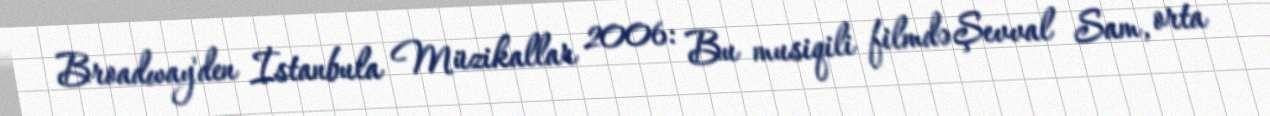
Broadway'den İstanbula Müzikallar 2006: Bu musiqili filmdə Şevval Sam, orta